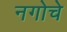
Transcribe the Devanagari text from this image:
नगोचे